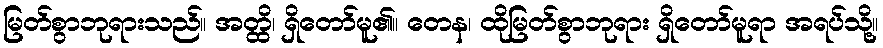
မြတ်စွာဘုရားသည်။ အတ္ထိ၊ ရှိတော်မူ၏။ တေန၊ ထိုမြတ်စွာဘုရား ရှိတော်မူရာ အရပ်သို့။